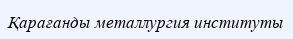
Қарағанды металлургия институты